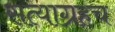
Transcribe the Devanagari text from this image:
सत्याग्रहच